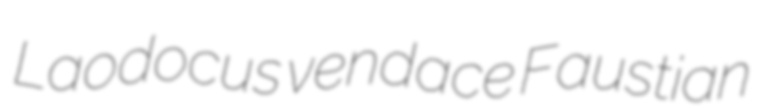
Laodocus vendace Faustian